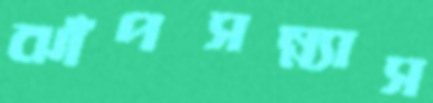
ঝাঁপসন্ন্যাস